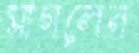
মাগলেন